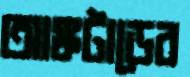
আঙ্কটাডের